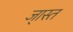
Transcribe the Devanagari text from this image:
जा्स्त